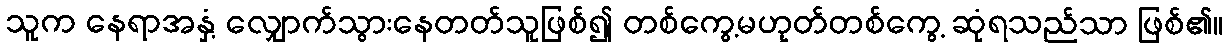
သူက နေရာအနှံ့ လျှောက်သွားနေတတ်သူဖြစ်၍ တစ်ကွေ့မဟုတ်တစ်ကွေ့ ဆုံရသည်သာ ဖြစ်၏။